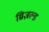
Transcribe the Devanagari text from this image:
ग्रिज़ल्ड